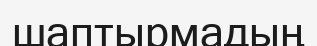
шаптырмадың